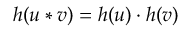
h ( u * v ) = h ( u ) \cdot h ( v )